Civil Veterinary Department. Madras. Admin. report 1926-33 - 1926-1933
Year: 1926
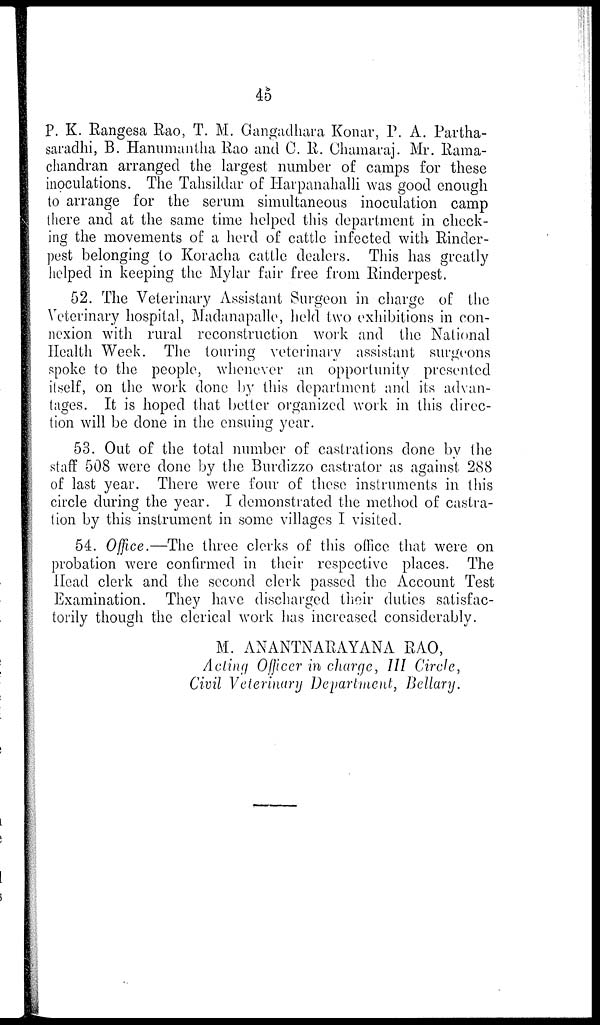
45
P. K. Rangesa Rao, T. M. Gangadhara Konar, P. A. Partha-
saradhi, B. Hanumantha Rao and C. R. Chamaraj. Mr. Rama-
chandran arranged the largest number of camps for these
inoculations. The Tahsildar of Harpanahalli was good enough
to arrange for the serum simultaneous inoculation camp
there and at the same time helped this department in check-
ing the movements of a herd of cattle infected with Rinder-
pest belonging to Koracha cattle dealers. This has greatly
helped in keeping the Mylar fair free from Rinderpest.
52. The Veterinary Assistant Surgeon in charge of the
Veterinary hospital, Madanapalle, held two exhibitions in con-
nexion with rural reconstruction work and the National
Health Week. The touring veterinary assistant surgeons
spoke to the people, whenever an opportunity presented
itself, on the work done by this department and its advan-
tages. It is hoped that better organized work in this direc-
tion will be clone in the ensuing year.
53. Out of the total number of castrations done by the
staff 508 were done by the Burdizzo castrator as against 288
of last year. There were four of these instruments in this
circle during the year. I demonstrated the method of castra-
tion by this instrument in some villages I visited.
54. Office.—The three clerks of this office that were on
probation were confirmed in their respective places. The
Head clerk and the second clerk passed the Account Test
Examination. They have discharged their duties satisfac-
torily though the clerical work has increased considerably.
M. ANANTNARAYANA RAO,
Acting Officer in charge, III Circle,
Civil Veterinary Department, Bellary.